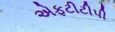
એફટીટીપી